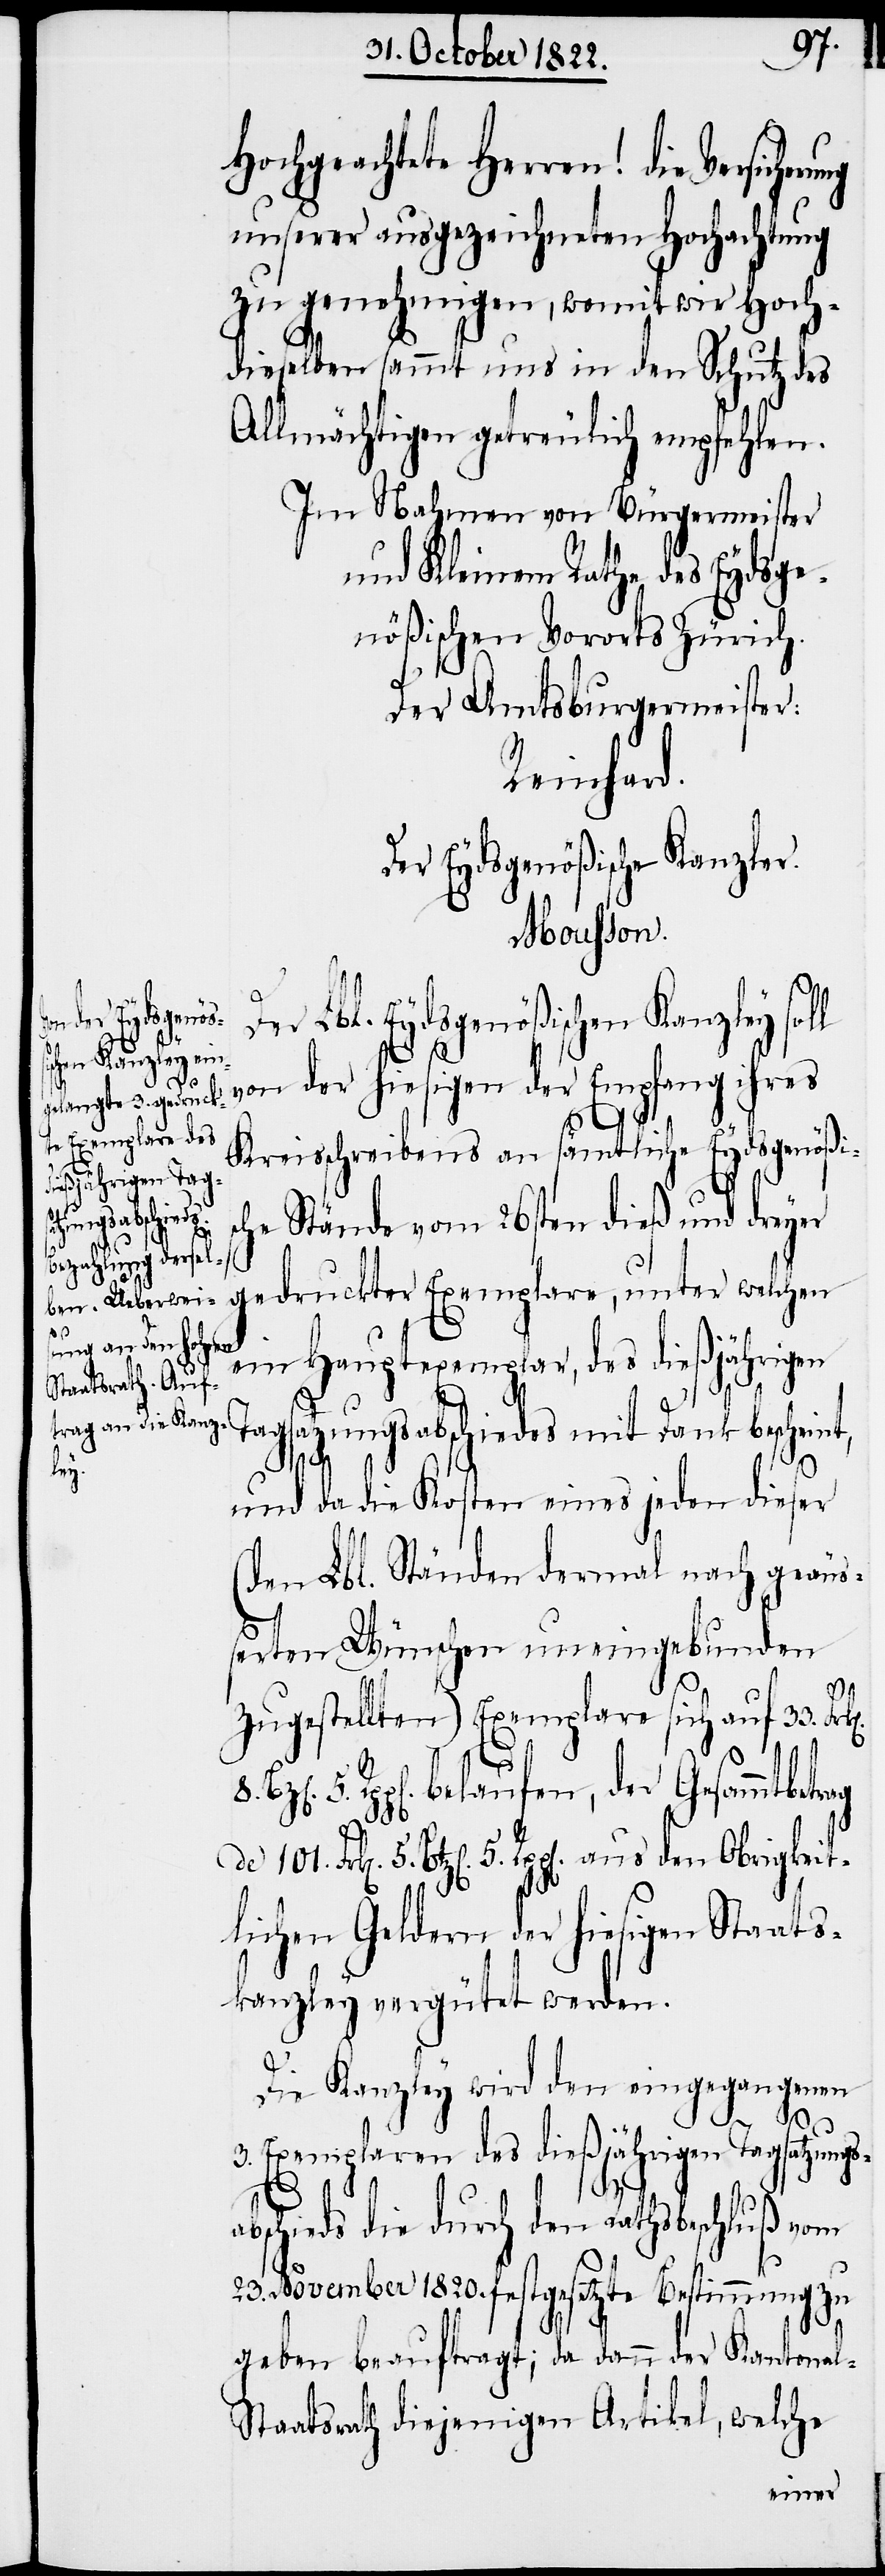
den Obrigkeit¬
aus
l-S¬

Hochgeachtete Herren! die Versiche¬
unserer ausgezeichneten Hochachtung
zu genehmigen, womit wir Hoch¬
dieselben sammt uns in den Schutz des
Allmächtigen getreulich empfehlen.
Im Nahmen von Bürgermeister
und Kleinem Rathe des Eydsge¬
nößischen Vororts Zürich.
Der Amtsburgermeister:
Reinhard.
Der Eydsgenößische Kanzler.
Mousson.
er Lbl. Eydsgenößischen Kanzley soll
von der hiesigen der Empfang ihres
Kreisschreibens an sämtliche Eydsgenößis¬
che Stände vom 26sten dieß und dreyer
gedruckter Exemplare, unter welchen
ein Hauptexemplar, des dießjährigen
8.
Tagsatzungsabschiedes mit Dank beschein¬
t,
und da die Kosten eines jeden dieser
(den Lbl. Ständen dermal nach geäu¬
ßerten Wünschen uneingebunden
zugestellten) Exemplare sich auf 33. Fr¬
lichen Geldern der hiesigen Staats¬
kanzley vergütet werden.
Die Kanzley wird den eingegangenen
3. Exemplaren des dießjährigen Tagsatzungs¬
D¬
abschieds die durch den Rathsbeschluß vom
23. November 1820. festgesetzte Bestimmung zu
geben beauftragt; da dann der Kantona¬
taatsrath diejenigen Artikel, welche